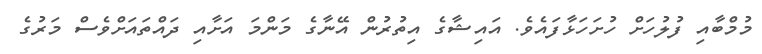
މުމްބާއި ފުލުހަށް ހުށަހަޅާފައެވެ. އައިޝާގެ އިތުރުން އޭނާގެ މަންމަ އަށާއި ދައްތައަށްވެސް މަރުގެ